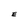
Character: E